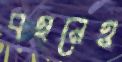
বহনেও